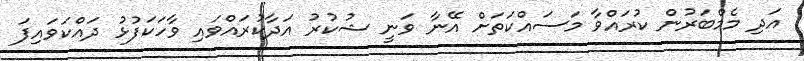
އަދި މެމްބަރުން ކުރައްވާ މަސައްކަތަށް އޭނާ ވަނީ ޝުކުރު އަދާކުރައްވައި ވާހަކަފުޅު ދައްކަވައިފަ